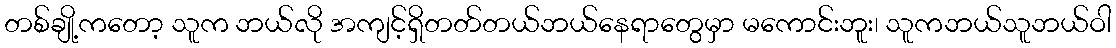
တစ်ချို့ကတော့ သူက ဘယ်လို အကျင့်ရှိတတ်တယ်ဘယ်နေရာတွေမှာ မကောင်းဘူး၊ သူကဘယ်သူဘယ်ဝါ